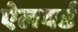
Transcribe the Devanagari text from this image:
ऐलवर्ड